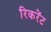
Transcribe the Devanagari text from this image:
रिकरेंट